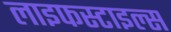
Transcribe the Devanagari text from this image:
लाइफस्टाइल्स